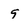
Character: 9